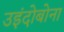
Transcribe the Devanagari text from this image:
उइंदोबोना